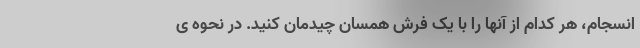
انسجام، هر کدام از آنها را با یک فرش همسان چیدمان کنید. در نحوه ی